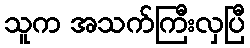
သူက အသက်ကြီးလှပြီ